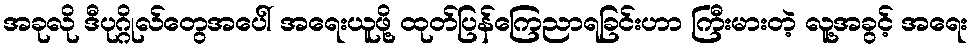
အခုလို ဒီပုဂ္ဂိုလ်တွေအပေါ် အရေးယူဖို့ ထုတ်ပြန်ကြေညာရခြင်းဟာ ကြီးမားတဲ့ လူ့အခွင့် အရေး